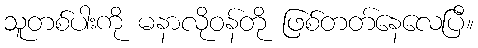
သူတစ်ပါးကို မနာလိုဝန်တို ဖြစ်တတ်နေလေပြီ။